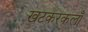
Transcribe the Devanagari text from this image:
खटकरकलाँ